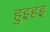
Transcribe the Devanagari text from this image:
हुइहइ